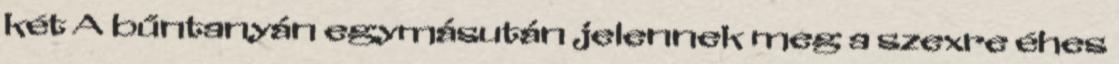
két A bűntanyán egymásután jelennek meg a szexre éhes